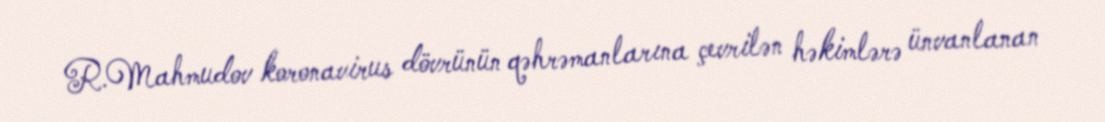
R.Mahmudov koronavirus dövrünün qəhrəmanlarına çevrilən həkimlərə ünvanlanan